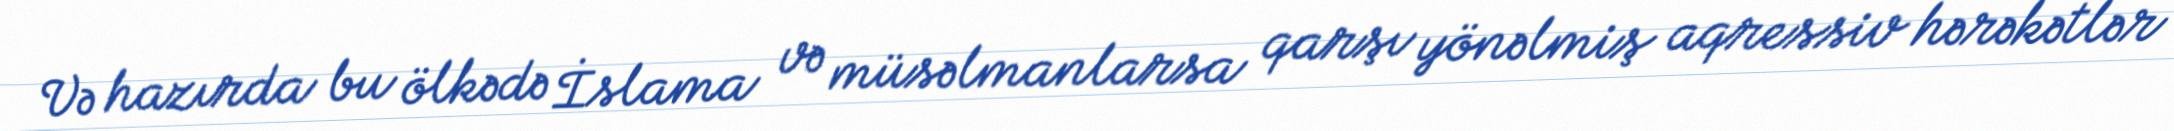
Və hazırda bu ölkədə İslama və müsəlmanlarsa qarşı yönəlmiş aqressiv hərəkətlər